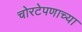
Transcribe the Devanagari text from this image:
चोरटेपणाच्या